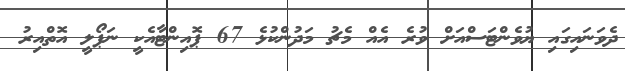
ދެވަނައިގައި ޔުވެންޓަސްއަށް ވުރެ އެއް މެޗު މަދުންކުޅެ 67 ޕޮއިންޓާއެކީ ނަޕޯލީ އޮތްއިރު